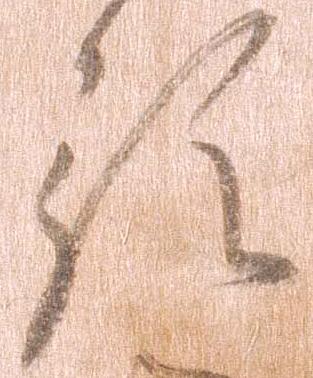
預